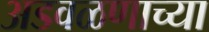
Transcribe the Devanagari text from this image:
अडवळणाच्या